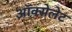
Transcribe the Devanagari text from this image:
ऑक्सेलेट